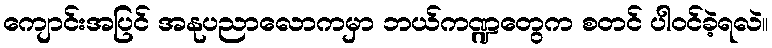
ကျောင်းအပြင် အနုပညာလောကမှာ ဘယ်ကဏ္ဍတွေက စတင် ပါဝင်ခဲ့ရလဲ။